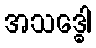
အသဒ္ဓေါ